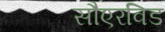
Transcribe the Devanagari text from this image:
सौएरविड